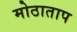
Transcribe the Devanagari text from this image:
मोठाताप